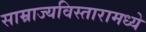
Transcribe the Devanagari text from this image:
साम्राज्यविस्तारामध्ये